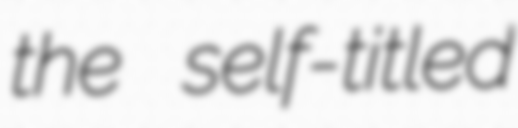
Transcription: the self-titled